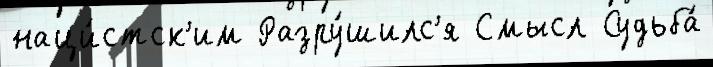
наци́стск'им Разру́шилс'я Смысл Судьба́